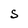
Character: S